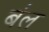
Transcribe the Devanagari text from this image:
ब॑ल